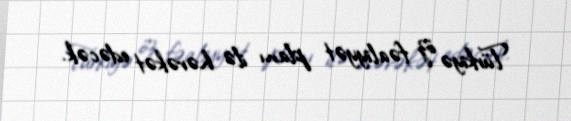
Türkiyə öz fəaliyyət planı ilə hərəkət edəcək.